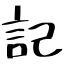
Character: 記